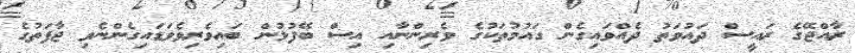
ރާއްޖޭގެ ރައީސް ދައުވަތު ދެއްވައިގެން ގައުމުތަކުގެ ވެރިންނާއި އިސް ބޭފުޅުން ބައިވެރިވެވަޑައިގެންނެވި ޖާފަތުގެ